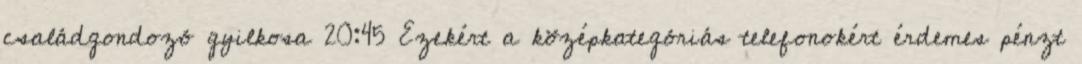
családgondozó gyilkosa 20:45 Ezekért a középkategóriás telefonokért érdemes pénzt